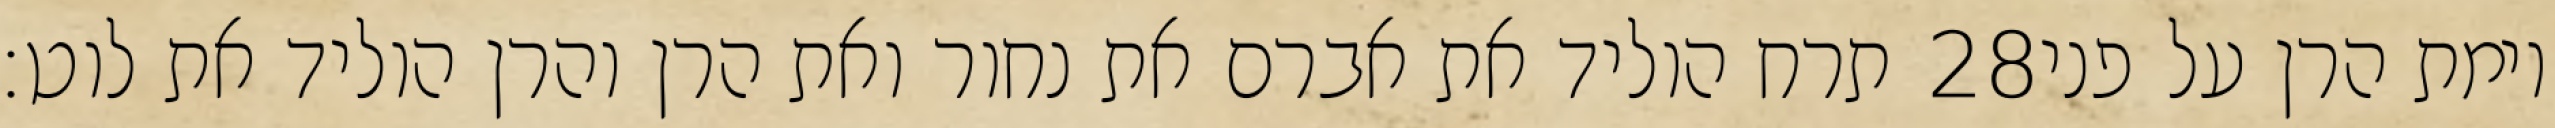
תרח הוליד את אברם את נחור ואת הרן והרן הוליד את לוט׃ ‎28‏ וימת הרן על פני